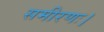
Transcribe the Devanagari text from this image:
समीरणः।